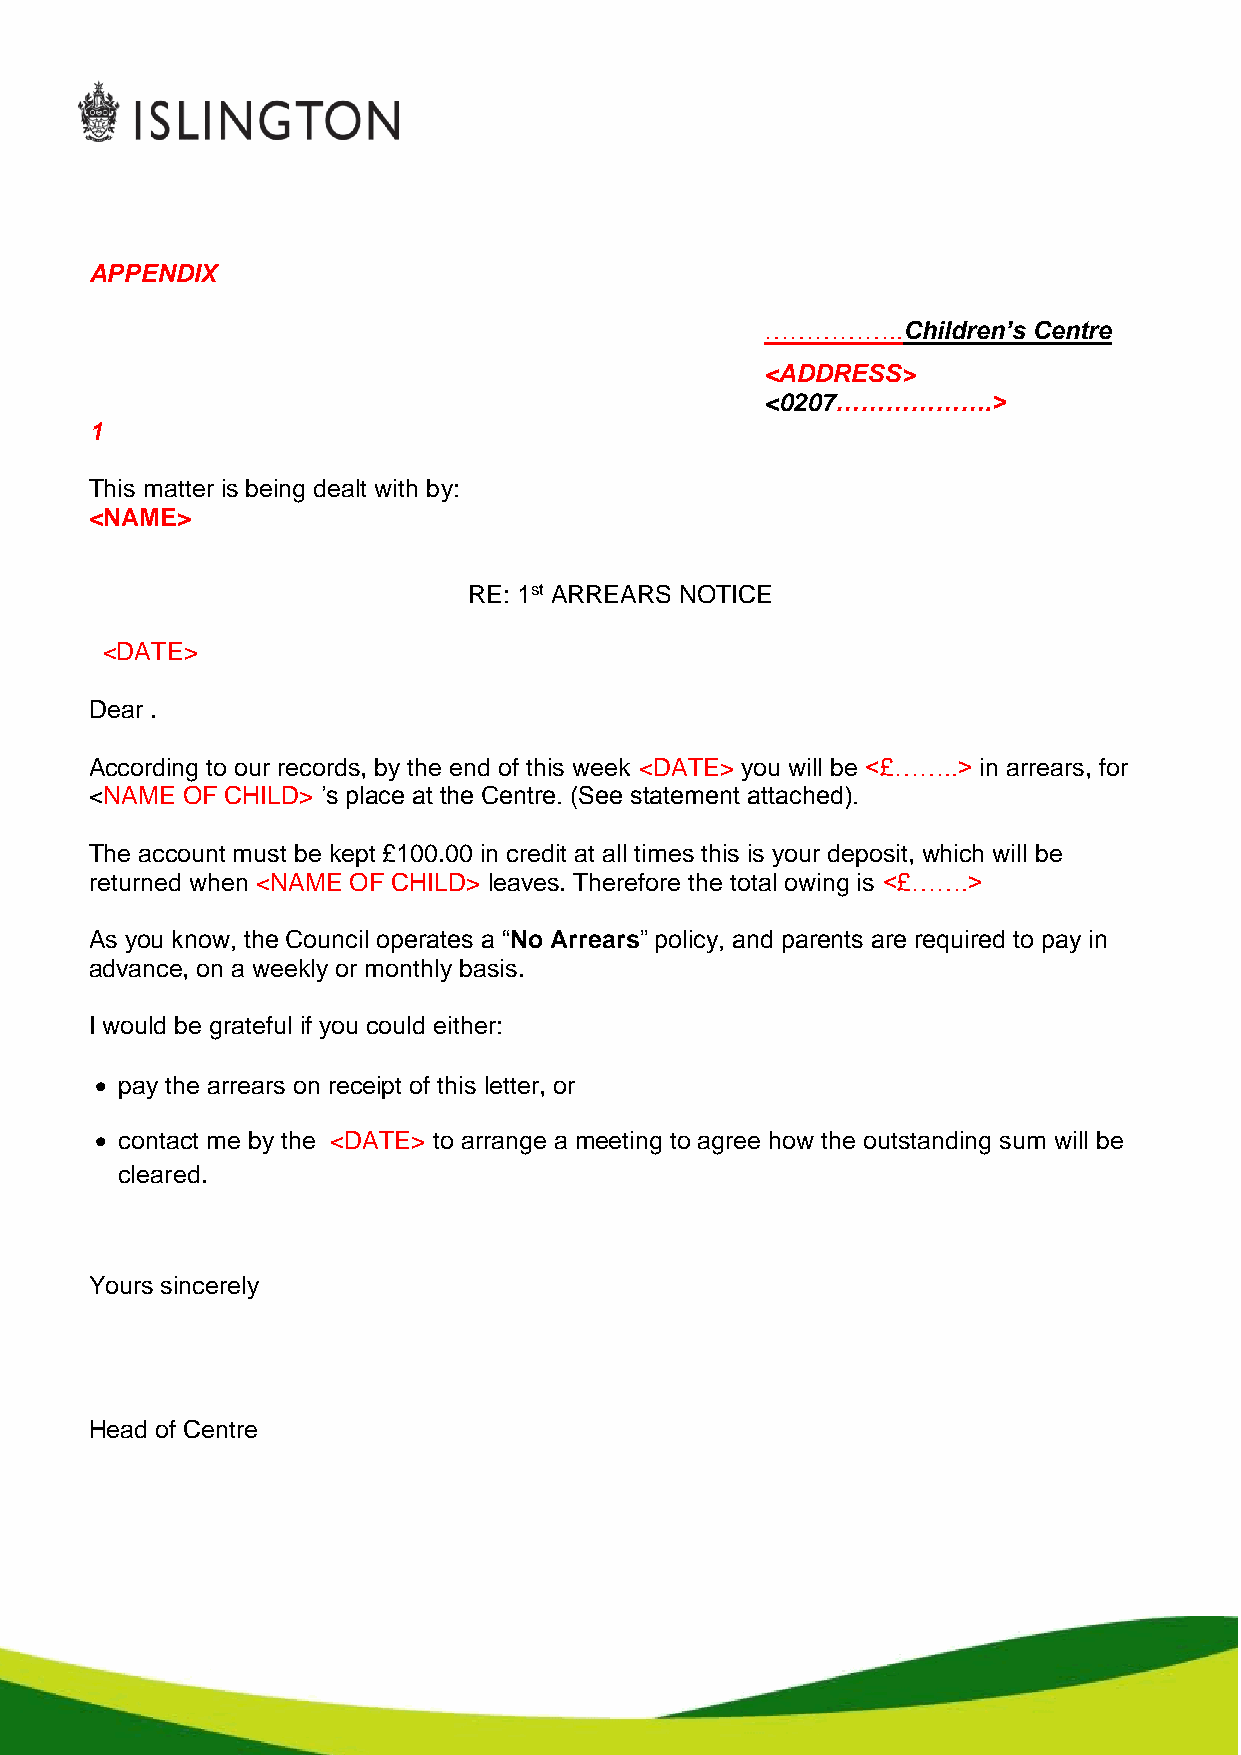
APPENDIX
 ……………..Children’s Centre
 <ADDRESS>
 <0207……………….>
 1
 This matter is being dealt with by:
 <NAME>
 RE: 1st ARREARS NOTICE
 <DATE>
 Dear .
 According to our records, by the end of this week <DATE> you will be <£……..> in arrears, for
 <NAME OF CHILD> ’s place at the Centre. (See statement attached).
 The account must be kept £100.00 in credit at all times this is your deposit, which will be
 returned when <NAME OF CHILD> leaves. Therefore the total owing is <£…….>
 As you know, the Council operates a “No Arrears” policy, and parents are required to pay in
 advance, on a weekly or monthly basis.
 I would be grateful if you could either:
  pay the arrears on receipt of this letter, or
  contact me by the <DATE> to arrange a meeting to agree how the outstanding sum will be
 cleared.
 Yours sincerely
 Head of Centre